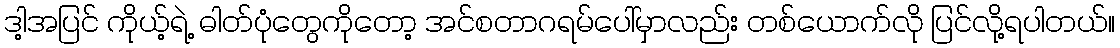
ဒါ့အပြင် ကိုယ့်ရဲ့ ဓါတ်ပုံတွေကိုတော့ အင်စတာဂရမ်ပေါ်မှာလည်း တစ်ယောက်လို ပြင်လို့ရပါတယ်။